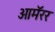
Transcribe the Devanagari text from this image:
आमॅरर